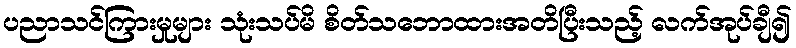
ပညာသင်ကြားမှုများ သုံးသပ်မိ စိတ်သဘောထားအတိပြီးသည့် လက်အုပ်ချီ၍